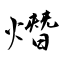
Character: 熸